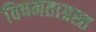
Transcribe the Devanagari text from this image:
विषमताग्रस्त